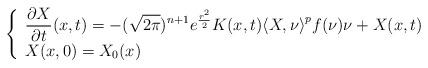
LaTeX: \begin{align*}\left\{\begin{array}{l}\displaystyle \frac{\partial X}{\partial t}(x,t)=-(\sqrt{2\pi})^{n+1}e^{\frac{r^2}{2}}K(x,t){\langle X,\nu\rangle}^pf(\nu)\nu+X(x,t)\\X(x,0)=X_0(x)\end{array}\right.\end{align*}